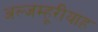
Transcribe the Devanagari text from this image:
अल्जम्हूरीयाह